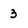
Character: 3